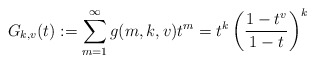
\begin{align*}G_{k,v}(t) := \sum_{m=1}^{\infty}g(m,k,v) t^{m} = t^{k} \left( \frac{1-t^{v}}{1-t} \right)^{k}\end{align*}